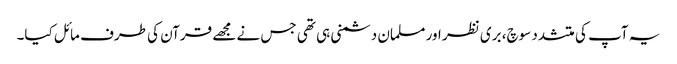
یہ آپ کی متشدد سوچ، بری نظر اور مسلمان دشمنی ہی تھی جس نے مجھے قرآن کی طرف مائل کیا۔